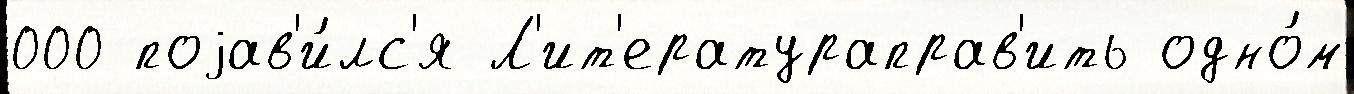
000 поjав'и́лс'я Л'ит'ератураправ'ить одно́м